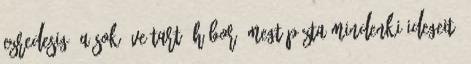
ezredesig. A sok éve tartó háború megtépázta mindenki idegeit: